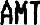
AMT